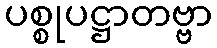
ပစ္စုပဋ္ဌာတဗ္ဗာ